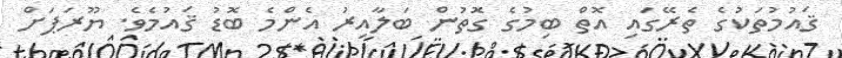
ޤައުމުތަކުގެ ތެރޭގައި އޮތް ބިމުގެ ގޮތުން ބަލާއިރު އެންމެ ބޮޑު ޤައުމެވެ. ޔޫރަޕަށް